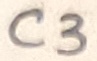
Text: C3